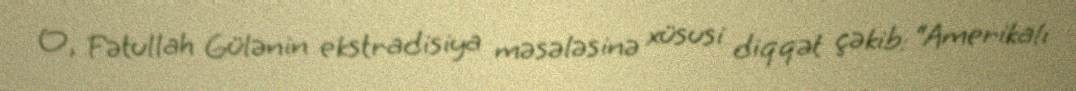
O, Fətullah Gülənin ekstradisiya məsələsinə xüsusi diqqət çəkib: “Amerikalı